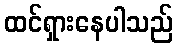
ထင်ရှားနေပါသည်